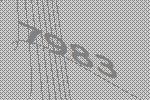
7983